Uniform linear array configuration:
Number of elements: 32
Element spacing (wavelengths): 1
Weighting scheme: binomial
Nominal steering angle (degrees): -60
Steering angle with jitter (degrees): -60.989
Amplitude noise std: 0.05
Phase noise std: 0.05

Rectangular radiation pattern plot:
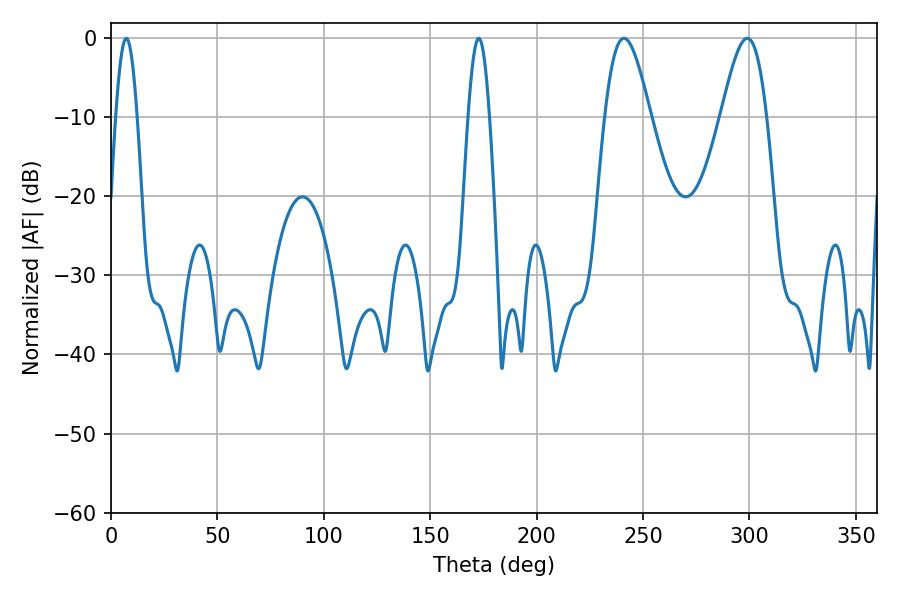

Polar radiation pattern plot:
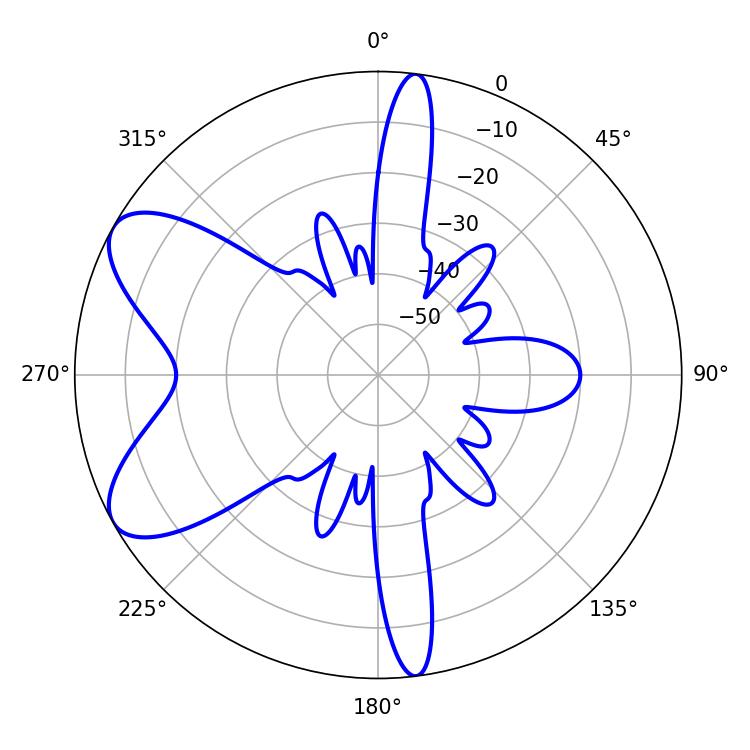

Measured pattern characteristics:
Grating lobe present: TRUE
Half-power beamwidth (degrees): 11.52
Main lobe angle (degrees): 241.02